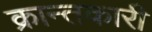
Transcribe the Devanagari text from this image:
क्रान्तकारी